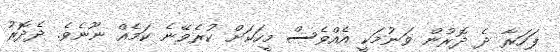
ފަހަރާ ދެ ދޮރުން ވަނުމަކީ އެއްވެސް މީހަކަށް ކުރެވޭނެ ކަމެއް ނޫނެވެ. ދެދޮރު